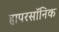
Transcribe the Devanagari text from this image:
हापरसॉनिक